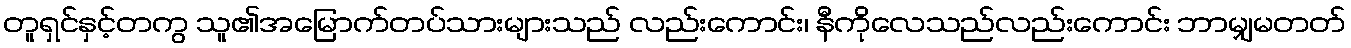
တူရှင်နှင့်တကွ သူ၏အမြောက်တပ်သားများသည် လည်းကောင်း၊ နီကိုလေသည်လည်းကောင်း ဘာမျှမတတ်